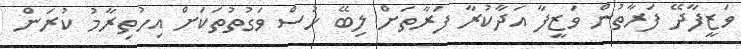
ވަޒީފާދޭ ފަރާތުން ވަޒީފާ އަދާކުރާ ފަރާތަށް ލިބޭ ހުސް ވަގުތުތަކަށް އިހުތިރާމު ކުރަން